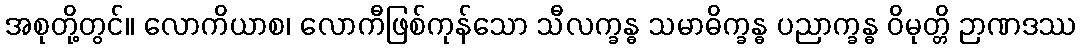
အစုတို့တွင်။ လောကိယာစ၊ လောကီဖြစ်ကုန်သော သီလက္ခန္ဓ သမာဓိက္ခန္ဓ ပညာက္ခန္ဓ ဝိမုတ္တိ ဉာဏဒဿ